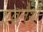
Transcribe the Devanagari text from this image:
एब्रनैथी